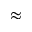
\approx